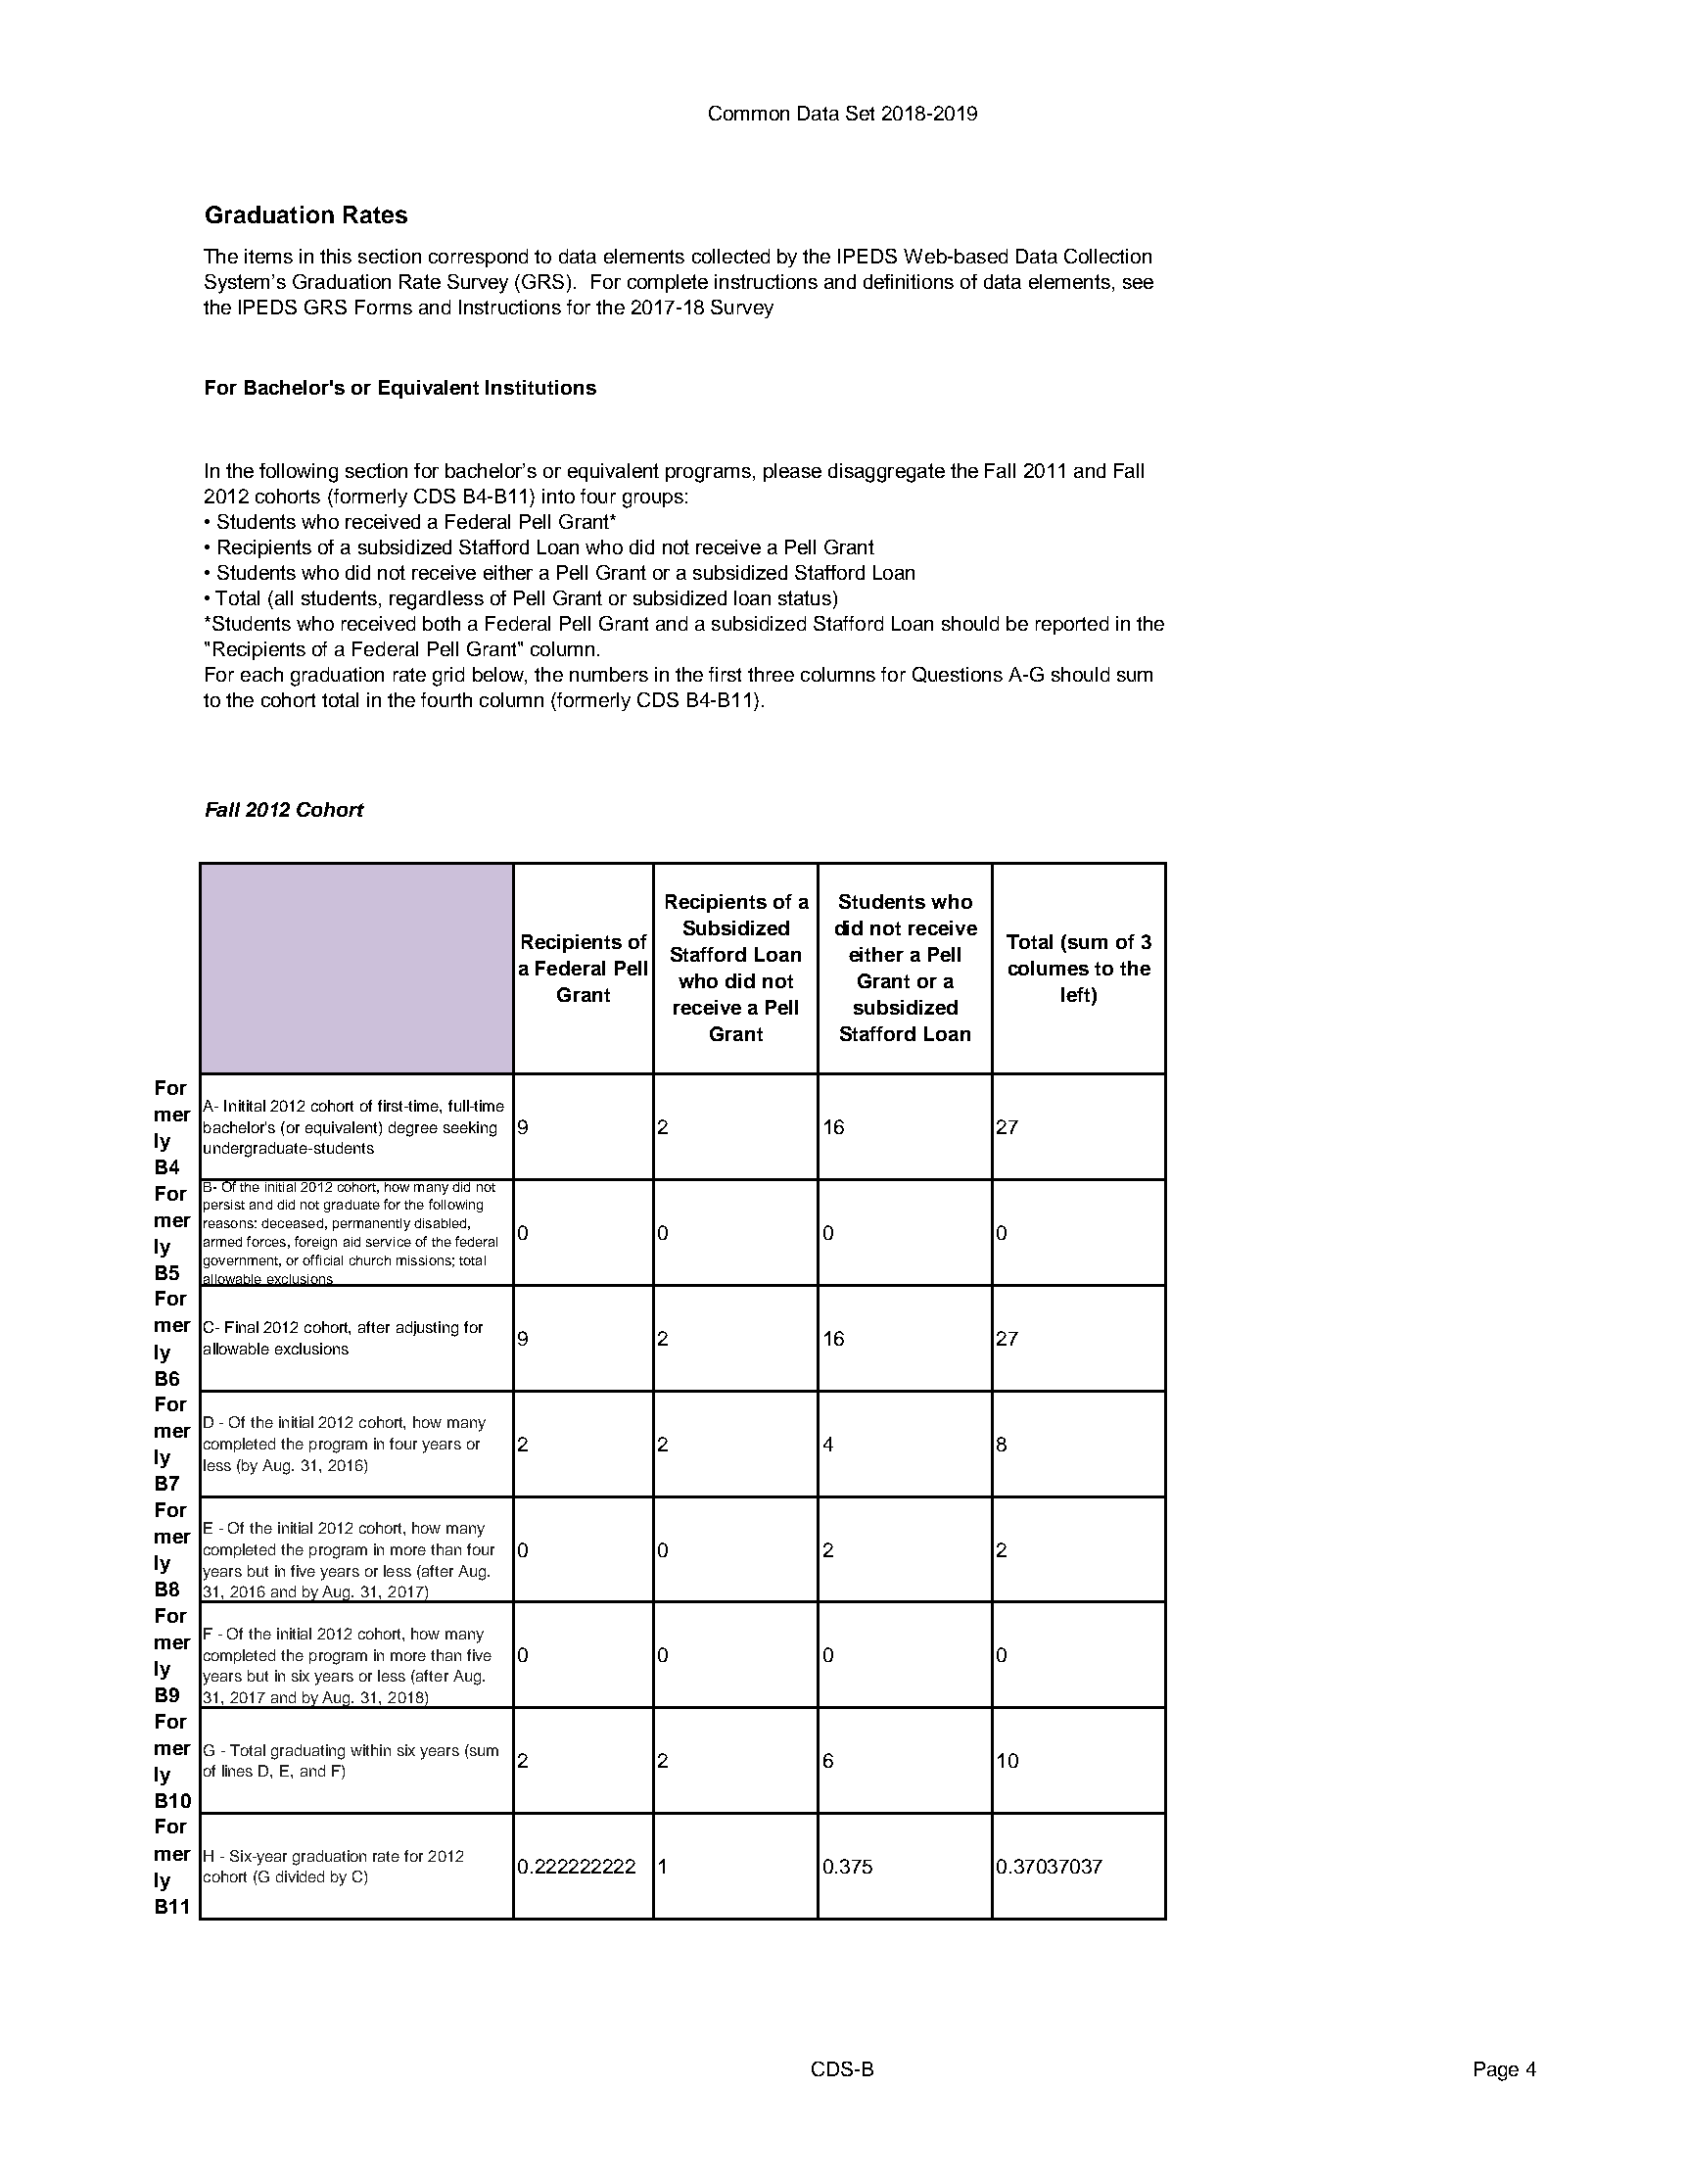
Common Data Set 2018-2019
 Graduation Rates
 The items in this section correspond to data elements collected by the IPEDS Web-based Data Collection
 System’s Graduation Rate Survey (GRS). For complete instructions and definitions of data elements, see
 the IPEDS GRS Forms and Instructions for the 2017-18 Survey
 For Bachelor's or Equivalent Institutions
 In the following section for bachelor’s or equivalent programs, please disaggregate the Fall 2011 and Fall
 2012 cohorts (formerly CDS B4-B11) into four groups:
 • Students who received a Federal Pell Grant*
 • Recipients of a subsidized Stafford Loan who did not receive a Pell Grant
 • Students who did not receive either a Pell Grant or a subsidized Stafford Loan
 • Total (all students, regardless of Pell Grant or subsidized loan status)
 *Students who received both a Federal Pell Grant and a subsidized Stafford Loan should be reported in the
 "Recipients of a Federal Pell Grant" column.
 For each graduation rate grid below, the numbers in the first three columns for Questions A-G should sum
 to the cohort total in the fourth column (formerly CDS B4-B11).
 Fall 2012 Cohort
 Recipients of a Students who
 Subsidized did not receive
 Recipients of                    Total (sum of 3
 Stafford Loan either a Pell
 a Federal Pell                   columes to the
 who did not Grant or a
 Grant                             left)
 receive a Pell subsidized
 Grant    Stafford Loan
 For
 A- Initital 2012 cohort of first-time, full-time
 mer
 bachelor's (or equivalent) degree seeking 9 2 16     27
 ly
 undergraduate-students
 B4
 For B- Of the initial 2012 cohort, how many did not
 persist and did not graduate for the following
 mer
 reasons: deceased, permanently disabled,
 0        0           0          0
 ly  armed forces, foreign aid service of the federal
 government, or official church missions; total
 B5
 allowable exclusions
 For
 mer C- Final 2012 cohort, after adjusting for
 9        2           16         27
 ly  allowable exclusions
 B6
 For
 D - Of the initial 2012 cohort, how many
 mer
 completed the program in four years or 2 2 4         8
 ly
 less (by Aug. 31, 2016)
 B7
 For
 E - Of the initial 2012 cohort, how many
 mer
 completed the program in more than four 0 0 2        2
 ly
 years but in five years or less (after Aug.
 B8  31, 2016 and by Aug. 31, 2017)
 For
 F - Of the initial 2012 cohort, how many
 mer
 completed the program in more than five 0 0 0        0
 ly
 years but in six years or less (after Aug.
 B9  31, 2017 and by Aug. 31, 2018)
 For
 mer G - Total graduating within six years (sum
 2        2           6          10
 ly  of lines D, E, and F)
 B10
 For
 mer H - Six-year graduation rate for 2012
 0.222222222 1        0.375      0.37037037
 ly  cohort (G divided by C)
 B11
 CDS-B                                        Page 4